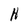
Character: H